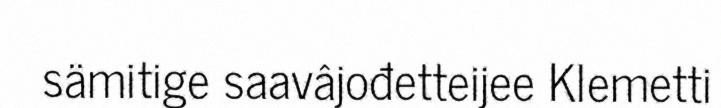
sämitige saavâjođetteijee Klemetti